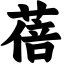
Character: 蓓